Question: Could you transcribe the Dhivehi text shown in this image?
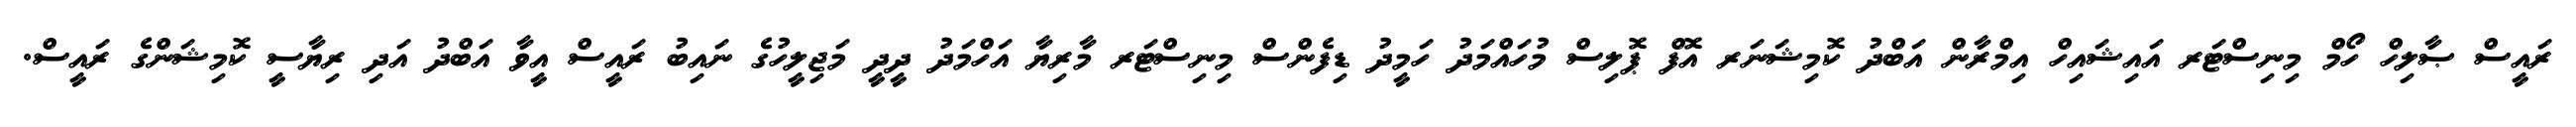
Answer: ރައީސް ޞާލިހް ހޯމް މިނިސްޓަރ އައިޝައިހް އިމްރާން އަބްދު ކޮމިޝަނަރ އޮފް ޕޮލިސް މުހައްމަދު ހަމީދު ޑިފެންސް މިނިސްޓަރ މާރިޔާ އަހްމަދު ދީދީ މަޖިލީހުގެ ނައިބު ރައީސް އީވާ އަބްދު އަދި ރިޔާސީ ކޮމިޝަންގެ ރައީސް.